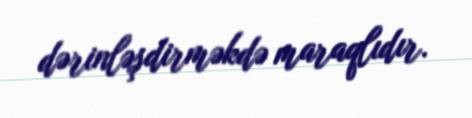
dərinləşdirməkdə maraqlıdır.